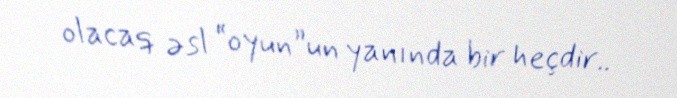
olacaq əsl “oyun”un yanında bir heçdir..